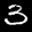
Label: 3